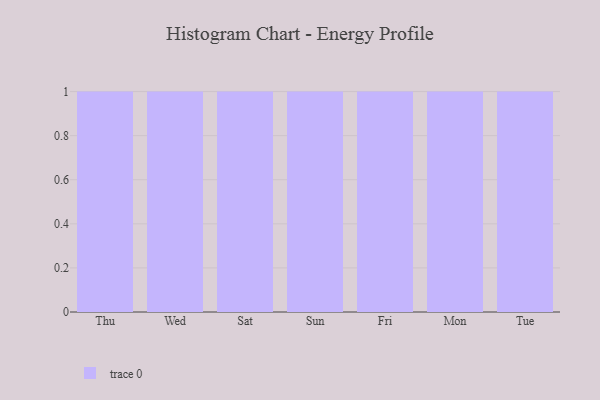
{"axis": {"x": "Day", "y": "Energy Usage (MWh)"}, "legend": [""], "data": [{"x": "Thu", "y": 7, "type": ""}, {"x": "Wed", "y": 63, "type": ""}, {"x": "Sat", "y": 43, "type": ""}, {"x": "Sun", "y": 47, "type": ""}, {"x": "Fri", "y": 56, "type": ""}, {"x": "Mon", "y": 46, "type": ""}, {"x": "Tue", "y": 41, "type": ""}]}